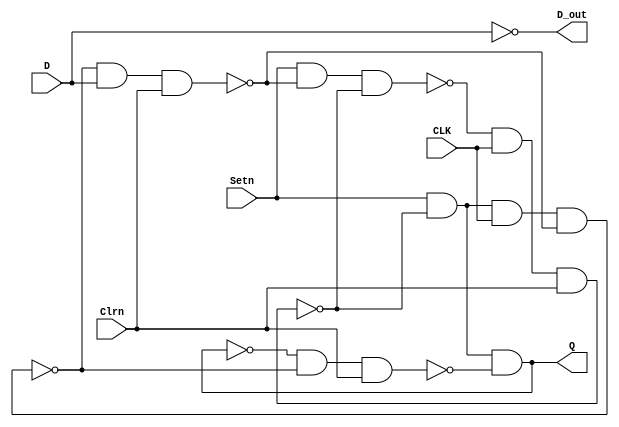
module trigger_module(
	CLK,Setn,Clrn,D,Q,D_out
);

input CLK,Setn,Clrn,D;
output Q,D_out;

wire f1,f2,f3,f4,f5,f6,f7;

nand 	U1(f1,Setn,f4,f2),
		U2(f2,f1,f5,Clrn),
		U3(f3,Setn,f6,f4),
		U4(f4,f3,CLK,Clrn),
		U5(f5,f4,Setn,CLK,f6),
		U6(f6,f5,D,Clrn),
		U7(f7,Setn,Clrn);
		
//*********************************		
/*always @(posedge CLK) begin
if(Setn==1'b1 && Clrn==1'b1)begin
nand	U7(f1,Setn,Clrn),
		U2(f2,f1,f5,Clrn),
		U3(f3,Setn,f6,f4),
		U4(f4,f3,CLK,Clrn),
		U5(f5,f4,Setn,CLK,f6),
		U6(f6,f5,D,Clrn);
end
else begin
nand 	U1(f1,Setn,f4,f2),
		U2(f2,f1,f5,Clrn),
		U3(f3,Setn,f6,f4),
		U4(f4,f3,CLK,Clrn),
		U5(f5,f4,Setn,CLK,f6),
		U6(f6,f5,D,Clrn);
end
end*/
assign D_out=~D;
assign Q=~f1;

endmodule